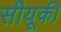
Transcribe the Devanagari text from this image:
सीयूकी